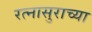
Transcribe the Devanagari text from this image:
रत्नासुराच्या